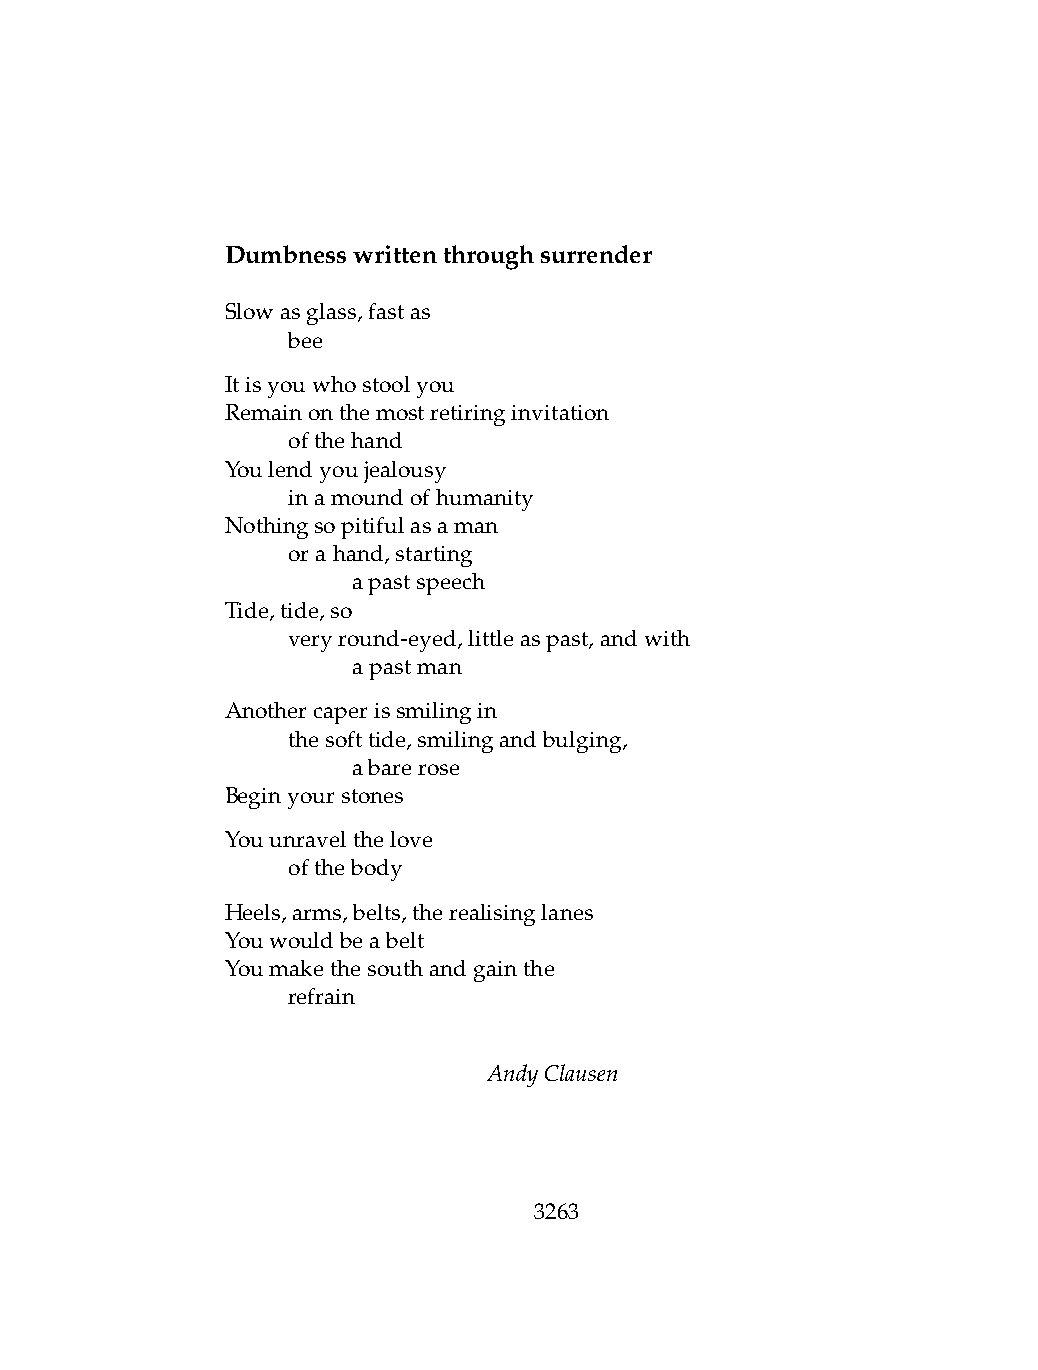
Dumbnesswrittenthroughsurrender
 Slowasglass,fastas
 .   bee
 Itisyouwhostoolyou
 Remainonthemostretiringinvitation
 .   ofthehand
 Youlendyoujealousy
 .   inamoundofhumanity
 Nothingsopitifulasaman
 .   orahand,starting
 .   .   apastspeech
 Tide,tide,so
 .   veryround-eyed,littleaspast,andwith
 .   .   apastman
 Anothercaperissmilingin
 .   thesofttide,smilingandbulging,
 .   .   abarerose
 Beginyourstones
 Youunravelthelove
 .   ofthebody
 Heels,arms,belts,therealisinglanes
 Youwouldbeabelt
 Youmakethesouthandgainthe
 .   refrain
 AndyClausen
 3263